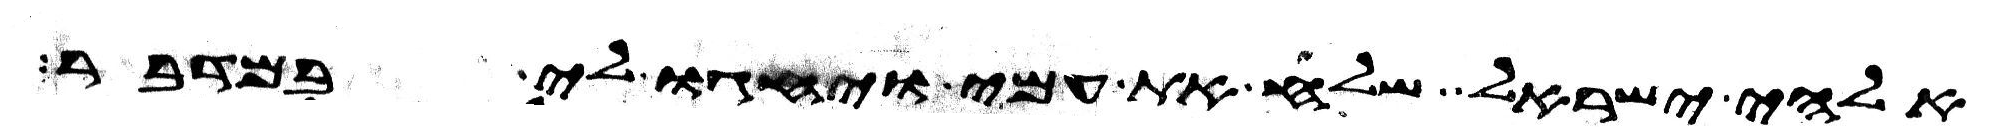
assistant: אלהי ישראל שלח את עמי ויחגו לי במדבר